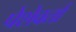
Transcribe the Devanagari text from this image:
पेशेवर्ता